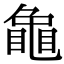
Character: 𮯟